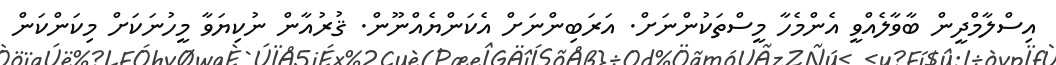
އިސްލާމްދީން ބާވާލެއްވީ އެންމެހާ މީސްތަކުންނަށް. އަރަބިންނަށް އެކަންޔެއްނޫން. ޤުރުއާން ނުކިޔަވާ މީހުނަކަށް މިކަންކަން